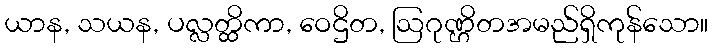
ယာန, သယန, ပလ္လတ္ထိကာ, ဝေဌိတ, ဩဂုဏ္ဌိတအမည်ရှိကုန်သော။